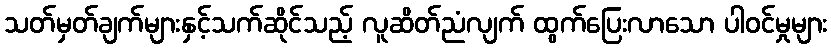
သတ်မှတ်ချက်များနှင့်သက်ဆိုင်သည့် လူဆိတ်ညံလျက် ထွက်ပြေးလာသော ပါဝင်မှုများ